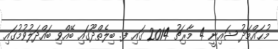
މުޙައްމަދު ޝައިނީ 4 މާރިޗު 2014 ގައި ފ. ބިލެތްދޫގައި ބޭއްވި ބައްދަލުވުމުގައި